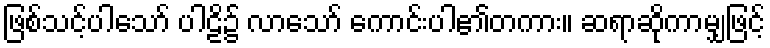
ဖြစ်သင့်ပါသော် ပါဠိ၌ လာသော် ကောင်းပါ၏တကား။ ဆရာဆိုကာမျှဖြင့်